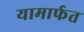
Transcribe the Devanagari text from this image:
यामार्फत